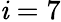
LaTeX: \mathit{i}=7